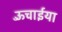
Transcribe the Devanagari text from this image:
ऊँचाईया